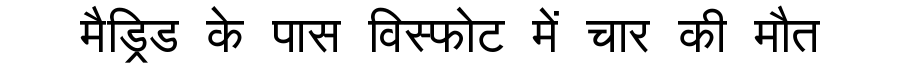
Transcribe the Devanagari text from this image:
मैड्रिड के पास विस्फोट में चार की मौत